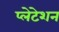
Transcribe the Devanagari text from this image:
प्लेटेशन